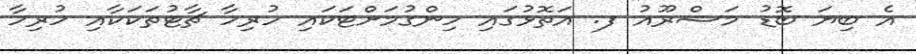
އެ ބިޔަ ބޮޑު މަޝްރޫއު ފ. އަތޮޅުގައި ހިންގުމަށްޓަކައި ހުރިހާ ޗާޓުތަކަކާއި ހުރިހާ